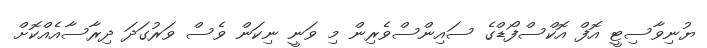
ޔުނިވާސިޓީ އޮފް އޮކްސްފޯޑްގެ ސައިންސްވެރިން މި ވަނީ ނިކަން ވެސް ވަރުގަދަ ދިރާސާއެއްކޮށް